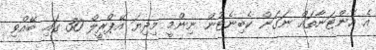
އެ އެންޓަނާތައް ނަގަން ކެބިނެޓުން ނިންމީ މިދިޔަ އޭޕްރީލް 30 ގައި ބޭއްވި